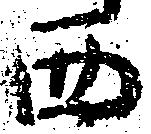
西